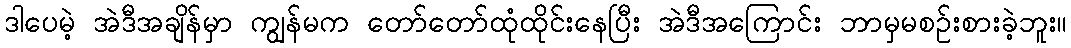
ဒါပေမဲ့ အဲဒီအချိန်မှာ ကျွန်မက တော်တော်ထုံထိုင်းနေပြီး အဲဒီအကြောင်း ဘာမှမစဉ်းစားခဲ့ဘူး။